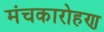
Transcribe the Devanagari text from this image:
मंचकारोहण